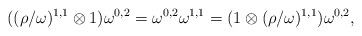
\begin{align*}((\rho/\omega)^{1,1} \otimes 1) \omega^{0,2} = \omega^{0,2} \omega^{1,1} = (1 \otimes (\rho/\omega)^{1,1}) \omega^{0,2},\end{align*}